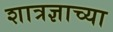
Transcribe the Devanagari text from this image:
शात्रज्ञाच्या